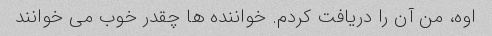
اوه، من آن را دریافت کردم. خواننده ها چقدر خوب می خوانند